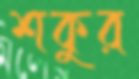
শকুর